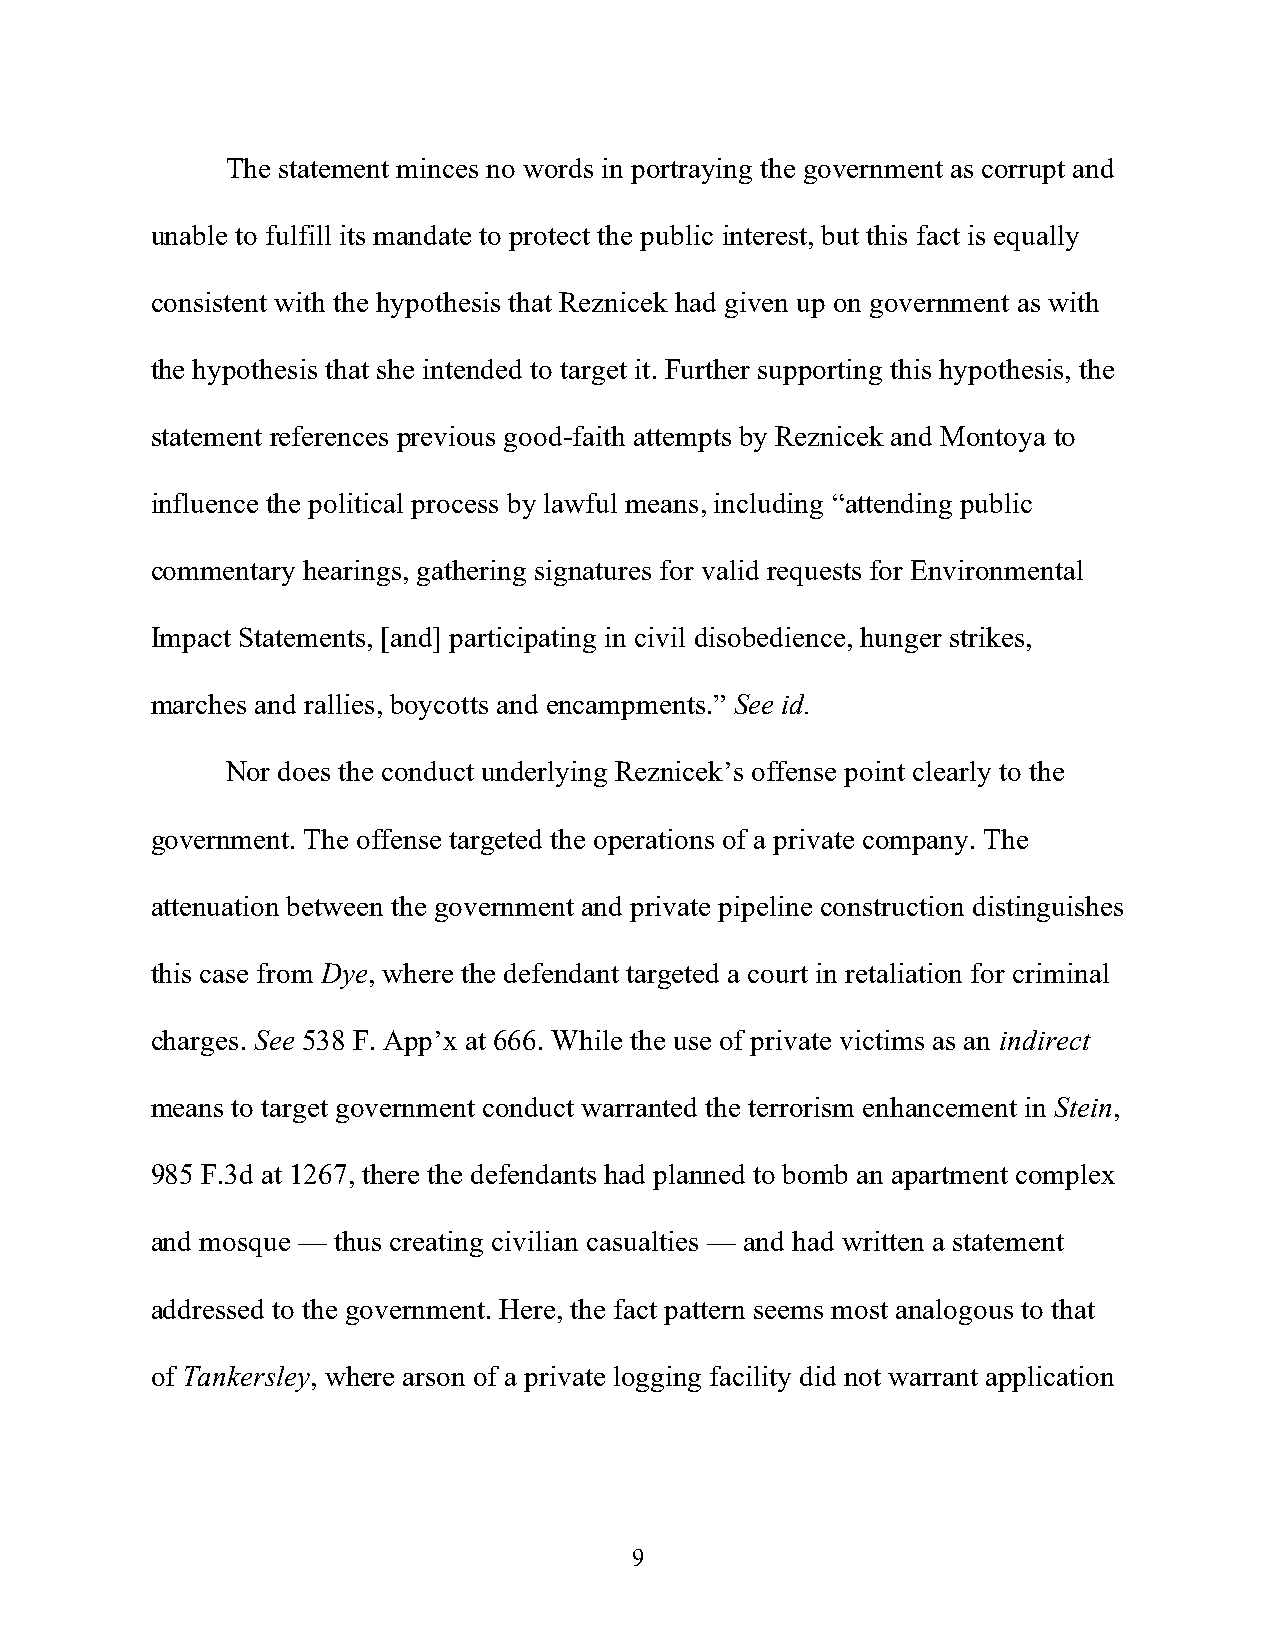
The statement minces no words in portraying the government as corrupt and
 unable to fulfill its mandate to protect the public interest, but this fact is equally
 consistent with the hypothesis that Reznicek had given up on government as with
 the hypothesis that she intended to target it. Further supporting this hypothesis, the
 statement references previous good-faith attempts by Reznicek and Montoya to
 influence the political process by lawful means, including “attending public
 commentary hearings, gathering signatures for valid requests for Environmental
 Impact Statements, [and] participating in civil disobedience, hunger strikes,
 marches and rallies, boycotts and encampments.” See id.
 Nor does the conduct underlying Reznicek’s offense point clearly to the
 government. The offense targeted the operations of a private company. The
 attenuation between the government and private pipeline construction distinguishes
 this case from Dye, where the defendant targeted a court in retaliation for criminal
 charges. See 538 F. App’x at 666. While the use of private victims as an indirect
 means to target government conduct warranted the terrorism enhancement in Stein,
 985 F.3d at 1267, there the defendants had planned to bomb an apartment complex
 and mosque — thus creating civilian casualties — and had written a statement
 addressed to the government. Here, the fact pattern seems most analogous to that
 of Tankersley, where arson of a private logging facility did not warrant application
 9